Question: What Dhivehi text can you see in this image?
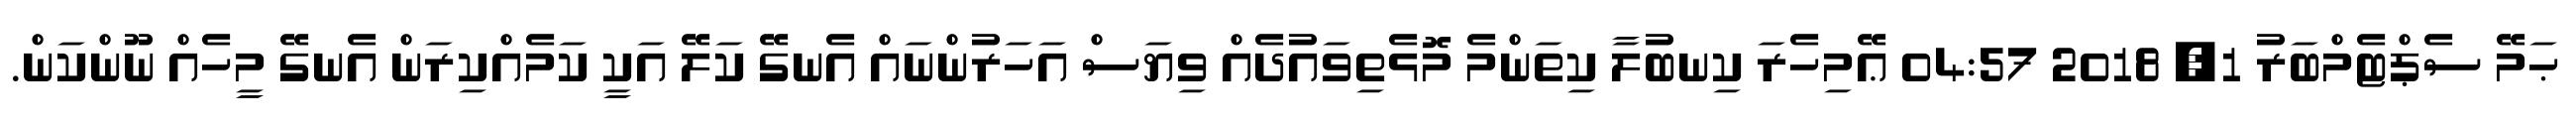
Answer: ޙަމޭ ސެޕްޓެމްބަރު 1, 2018 04:57 ޢޭމިހެރަ ކިނބުލާ ކިތަންމެ މޮޅެތިވައުދެއް ވިޔަސް އަހަރުންނައް އެނގޭ ކަލޭ އަކީ ކަމެއްކިރަން އެނގޭ މީހެއް ނޫންކަން.